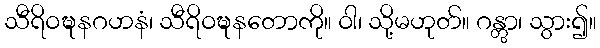
သီရိဝဍ္ဎနဂဟနံ၊ သီရိဝဍ္ဎနတောကို။ ဝါ၊ သို့မဟုတ်။ ဂန္တွာ၊ သွား၍။